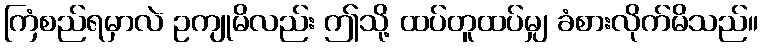
ကြံစည်ရမှာလဲ ဥကျုမိလည်း ဤသို့ ထပ်တူထပ်မျှ ခံစားလိုက်မိသည်။